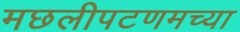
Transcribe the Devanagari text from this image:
मछलीपटणमच्या